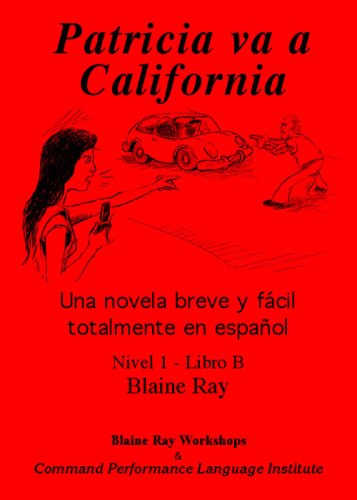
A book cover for Patricia va a California (Spanish Edition); Blaine Ray; Literature & Fiction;